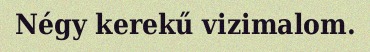
Négy kerekű vizimalom.